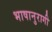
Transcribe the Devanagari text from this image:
भाषानुरागी